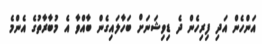
އަންހެން އަދި ފިރިހެން ދެ ޑިވިޝަނަށް ބަހާލައިގެން ބާއްވާ އެ މުބާރާތުގެ އެންމެ